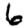
Digit: 6